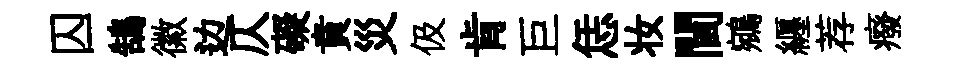
囚鵠徽边仄礙賁災伋肯巨恁妆閫鵷纒荐癈